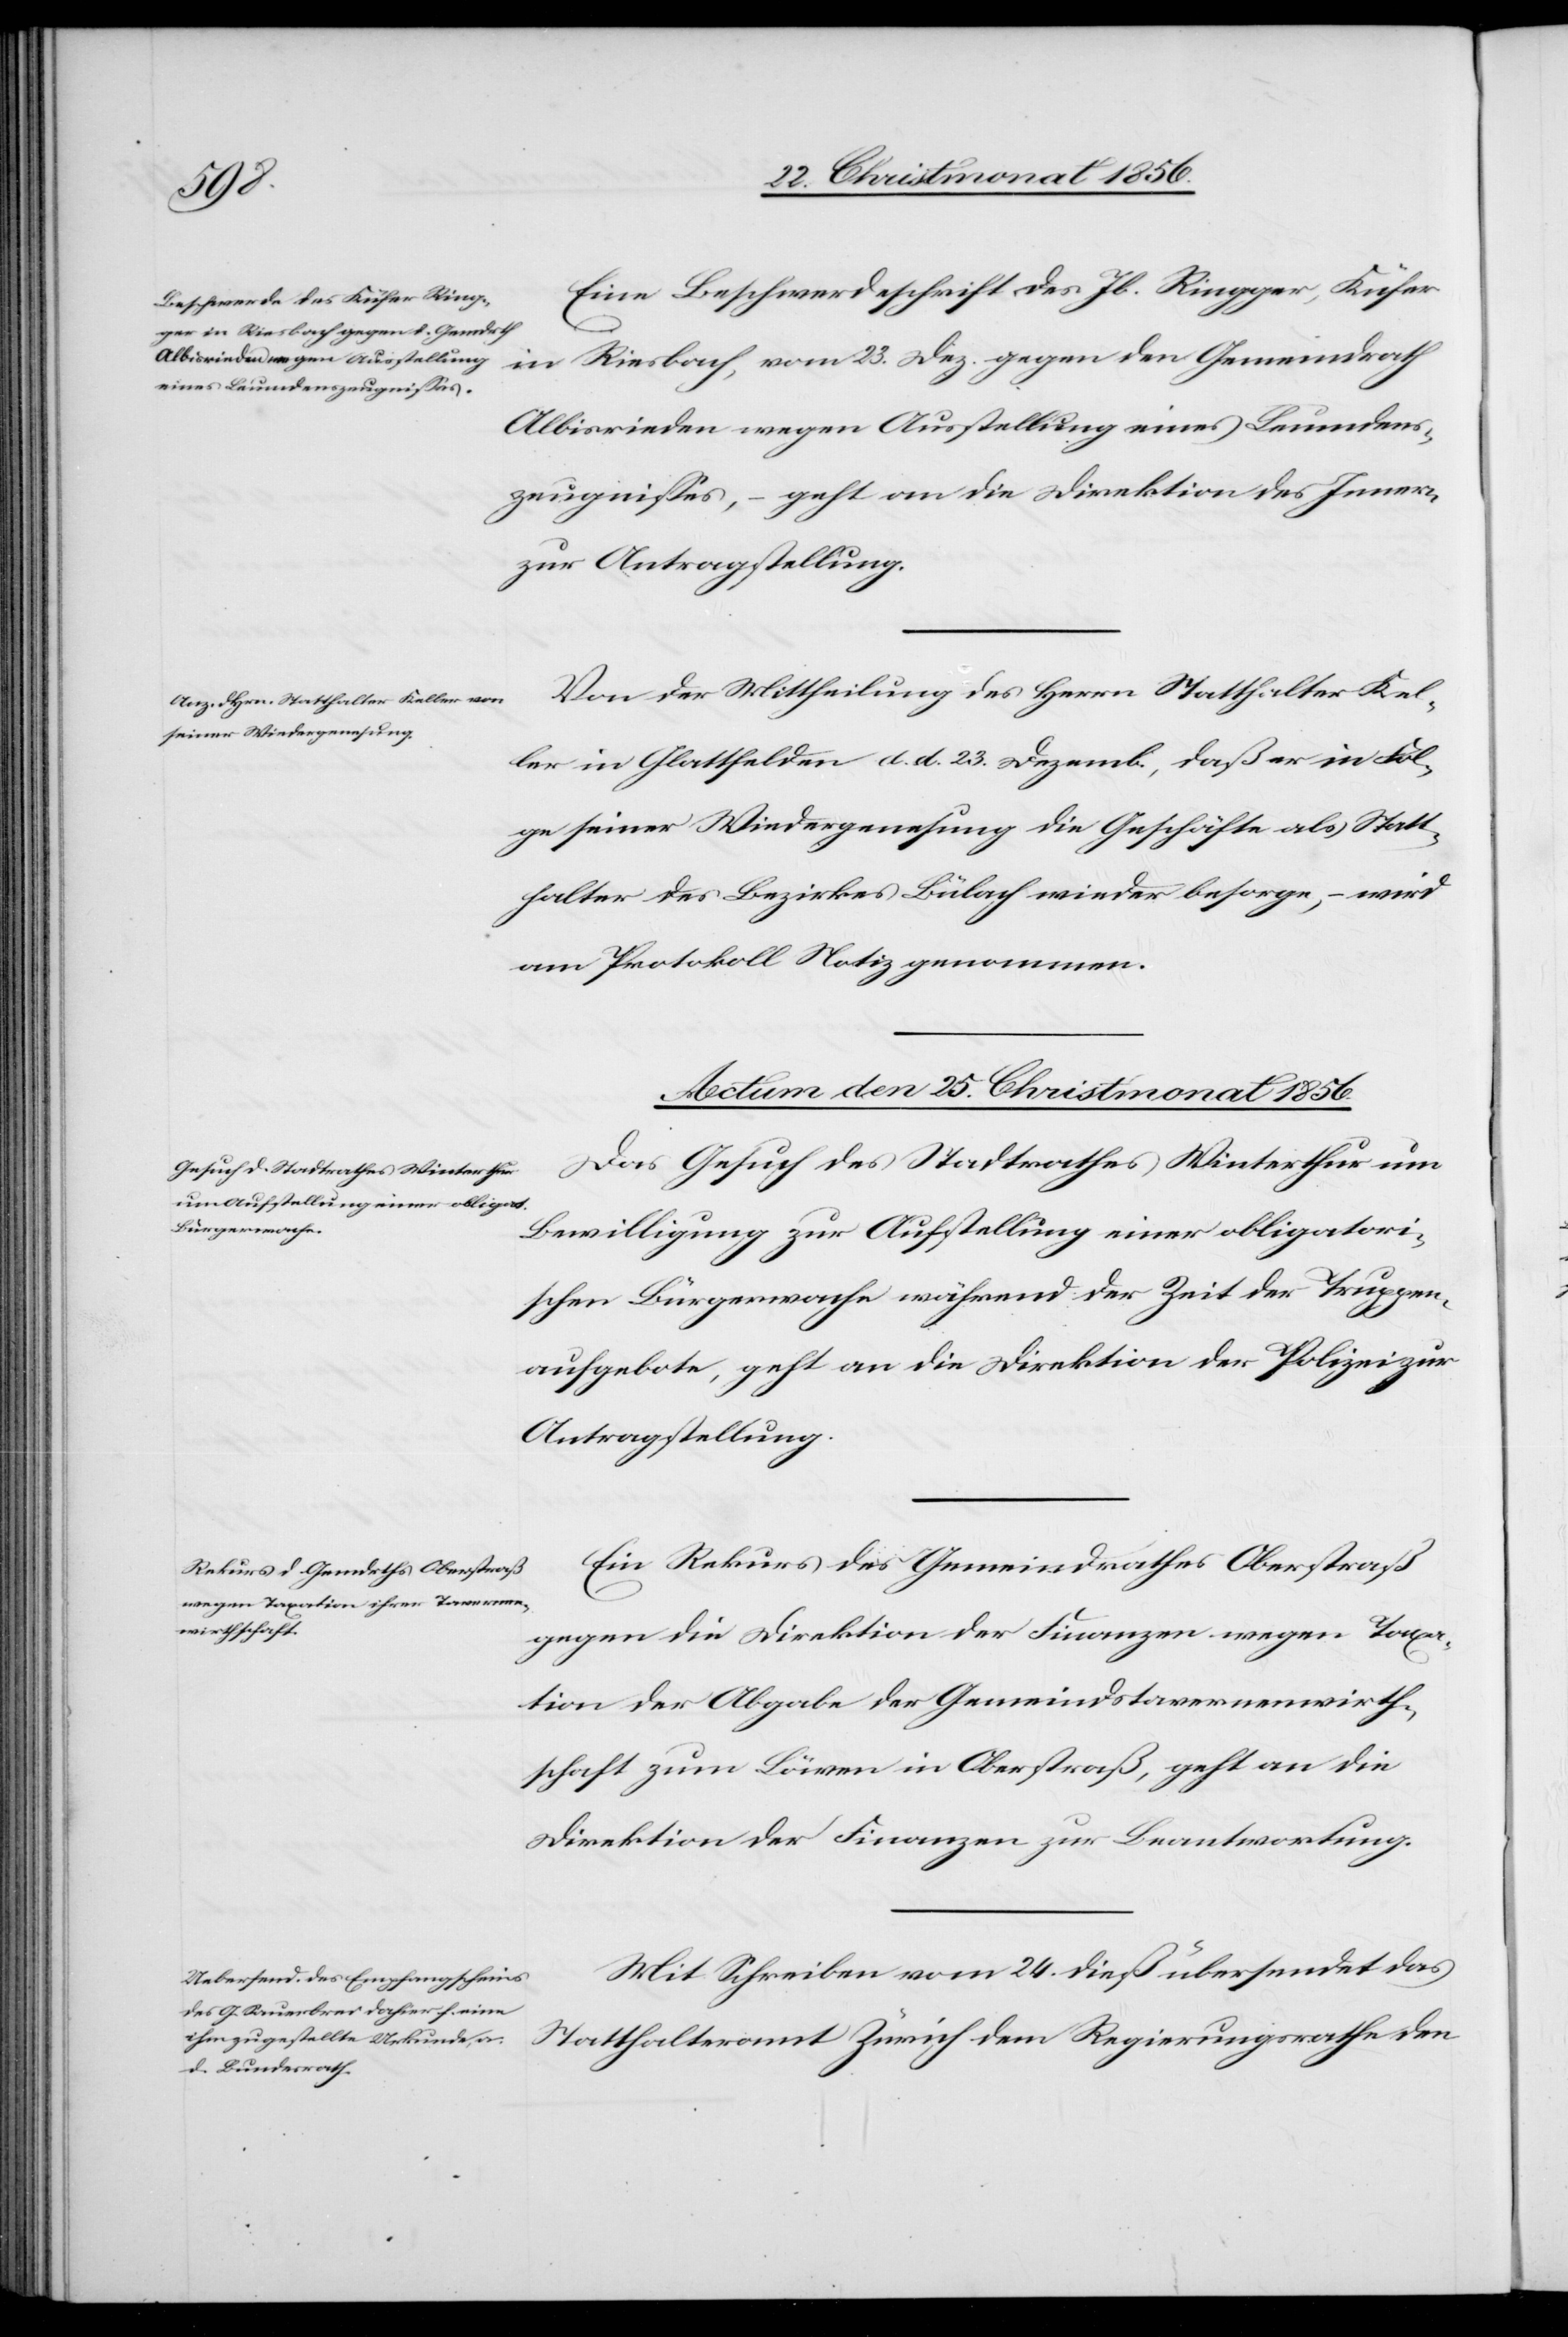
Eine Beschwerdeschrift des Jb. Ringger, Küfer
in Riesbach, vom 23. Dez. gegen den Gemeindrath
Albisrieden wegen Ausstellung eines Leumdens¬
zeugnisses, – geht an die Direktion des Innern
zur Antragstellung.
Von der Mittheilung des Herrn Statthalter Kel¬
ler in Glattfelden d. d. 23. Dezemb., daß er in Fol¬
ge seiner Wiedergenesung die Geschäfte als Statt¬
halter des Bezirkes Bülach wieder besorge, – wird
am Protokoll Notiz genommen.
Actum den 25. Christmonat 1856.]
Das Gesuch des Stadtrathes Winterthur um
Bewilligung zur Aufstellung einer obligatori¬
schen Bürgerwache während der Zeit der Truppen¬
aufgebote, geht an die Direktion der Polizei zur
Antragstellung.
Ein Rekurs des Gemeindrathes Oberstraß
gegen die Direktion der Finanzen wegen Taxa¬
tion der Abgabe der Gemeindstavernenwirth¬
schaft zum Löwen in Oberstraß, geht an die
Direktion der Finanzen zur Beantwortung.
Mit Schreiben vom 24. dieß übersendet das
Statthalteramt Zürich dem Regierungsrathe den